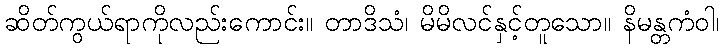
ဆိတ်ကွယ်ရာကိုလည်းကောင်း။ တာဒိသံ၊ မိမိလင်နှင့်တူသော။ နိမန္တကံဝါ၊